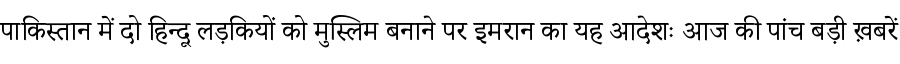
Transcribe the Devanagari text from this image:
पाकिस्तान में दो हिन्दू लड़कियों को मुस्लिम बनाने पर इमरान का यह आदेशः आज की पांच बड़ी ख़बरें